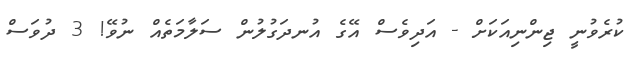
ކުރެވުނީ ޖިންނިއަކަށް - އަދިވެސް އޭގެ އުނދަގުލުން ސަލާމަތެއް ނުވޭ! 3 ދުވަސް